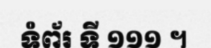
ទំព័រ ទី ១១១ ។